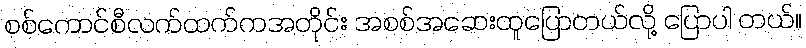
စစ်ကောင်စီလက်ထက်ကအတိုင်း အစစ်အဆေးထူပြောတယ်လို့ ပြောပါ တယ်။